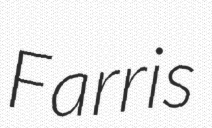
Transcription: Farris